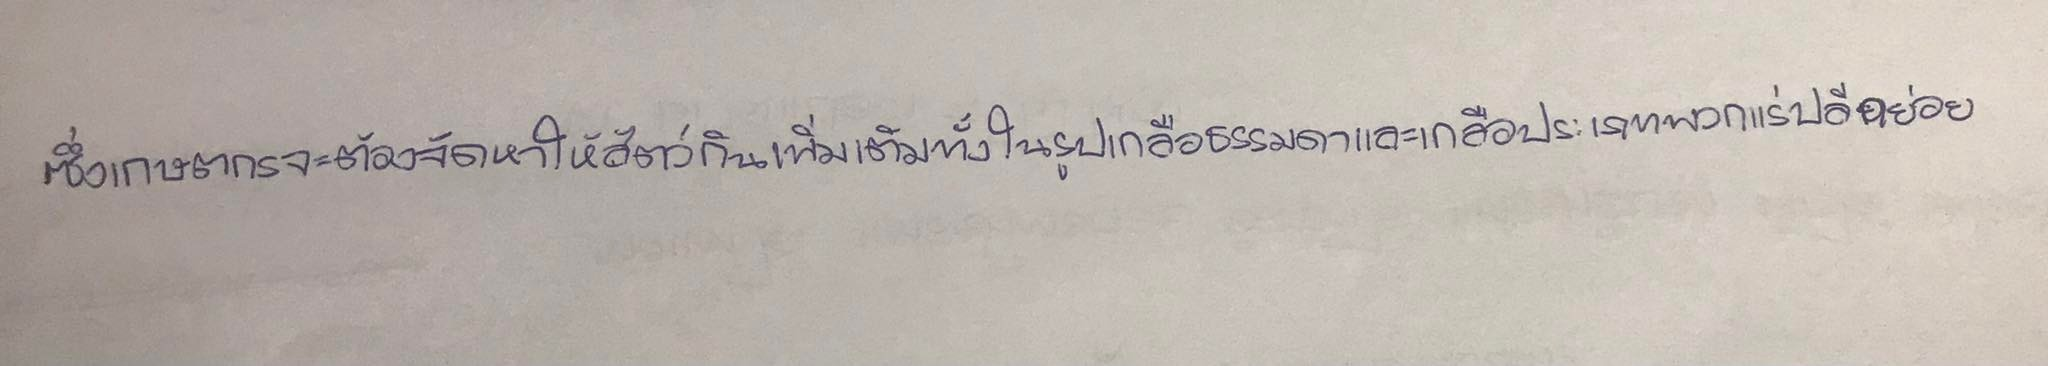
ซึ่งเกษตรกรจะต้องจัดหาให้สัตว์กินเพิ่มเติมทั้งในรูปเกลือธรรมดาและเกลือประเภทพวกแร่ธาตุปลีกย่อย